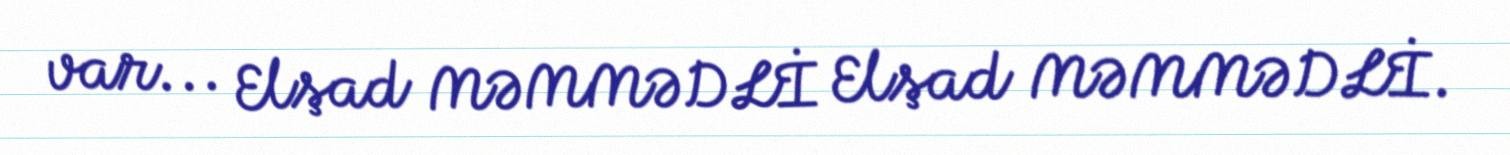
var... Elşad MƏMMƏDLİ Elşad MƏMMƏDLİ.